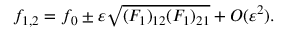
\begin{array} { r } { f _ { 1 , 2 } = f _ { 0 } \pm \varepsilon \sqrt { ( F _ { 1 } ) _ { 1 2 } ( F _ { 1 } ) _ { 2 1 } } + O ( \varepsilon ^ { 2 } ) . } \end{array}